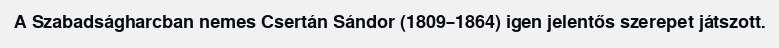
A Szabadságharcban nemes Csertán Sándor (1809–1864) igen jelentős szerepet játszott.